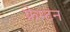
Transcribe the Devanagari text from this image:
फ्रेम्टन